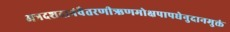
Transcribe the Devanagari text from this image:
अत्रदशदानंवैतरणीऋणमोक्षपापधेनुदानमुक्तं